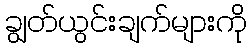
ချွတ်ယွင်းချက်များကို